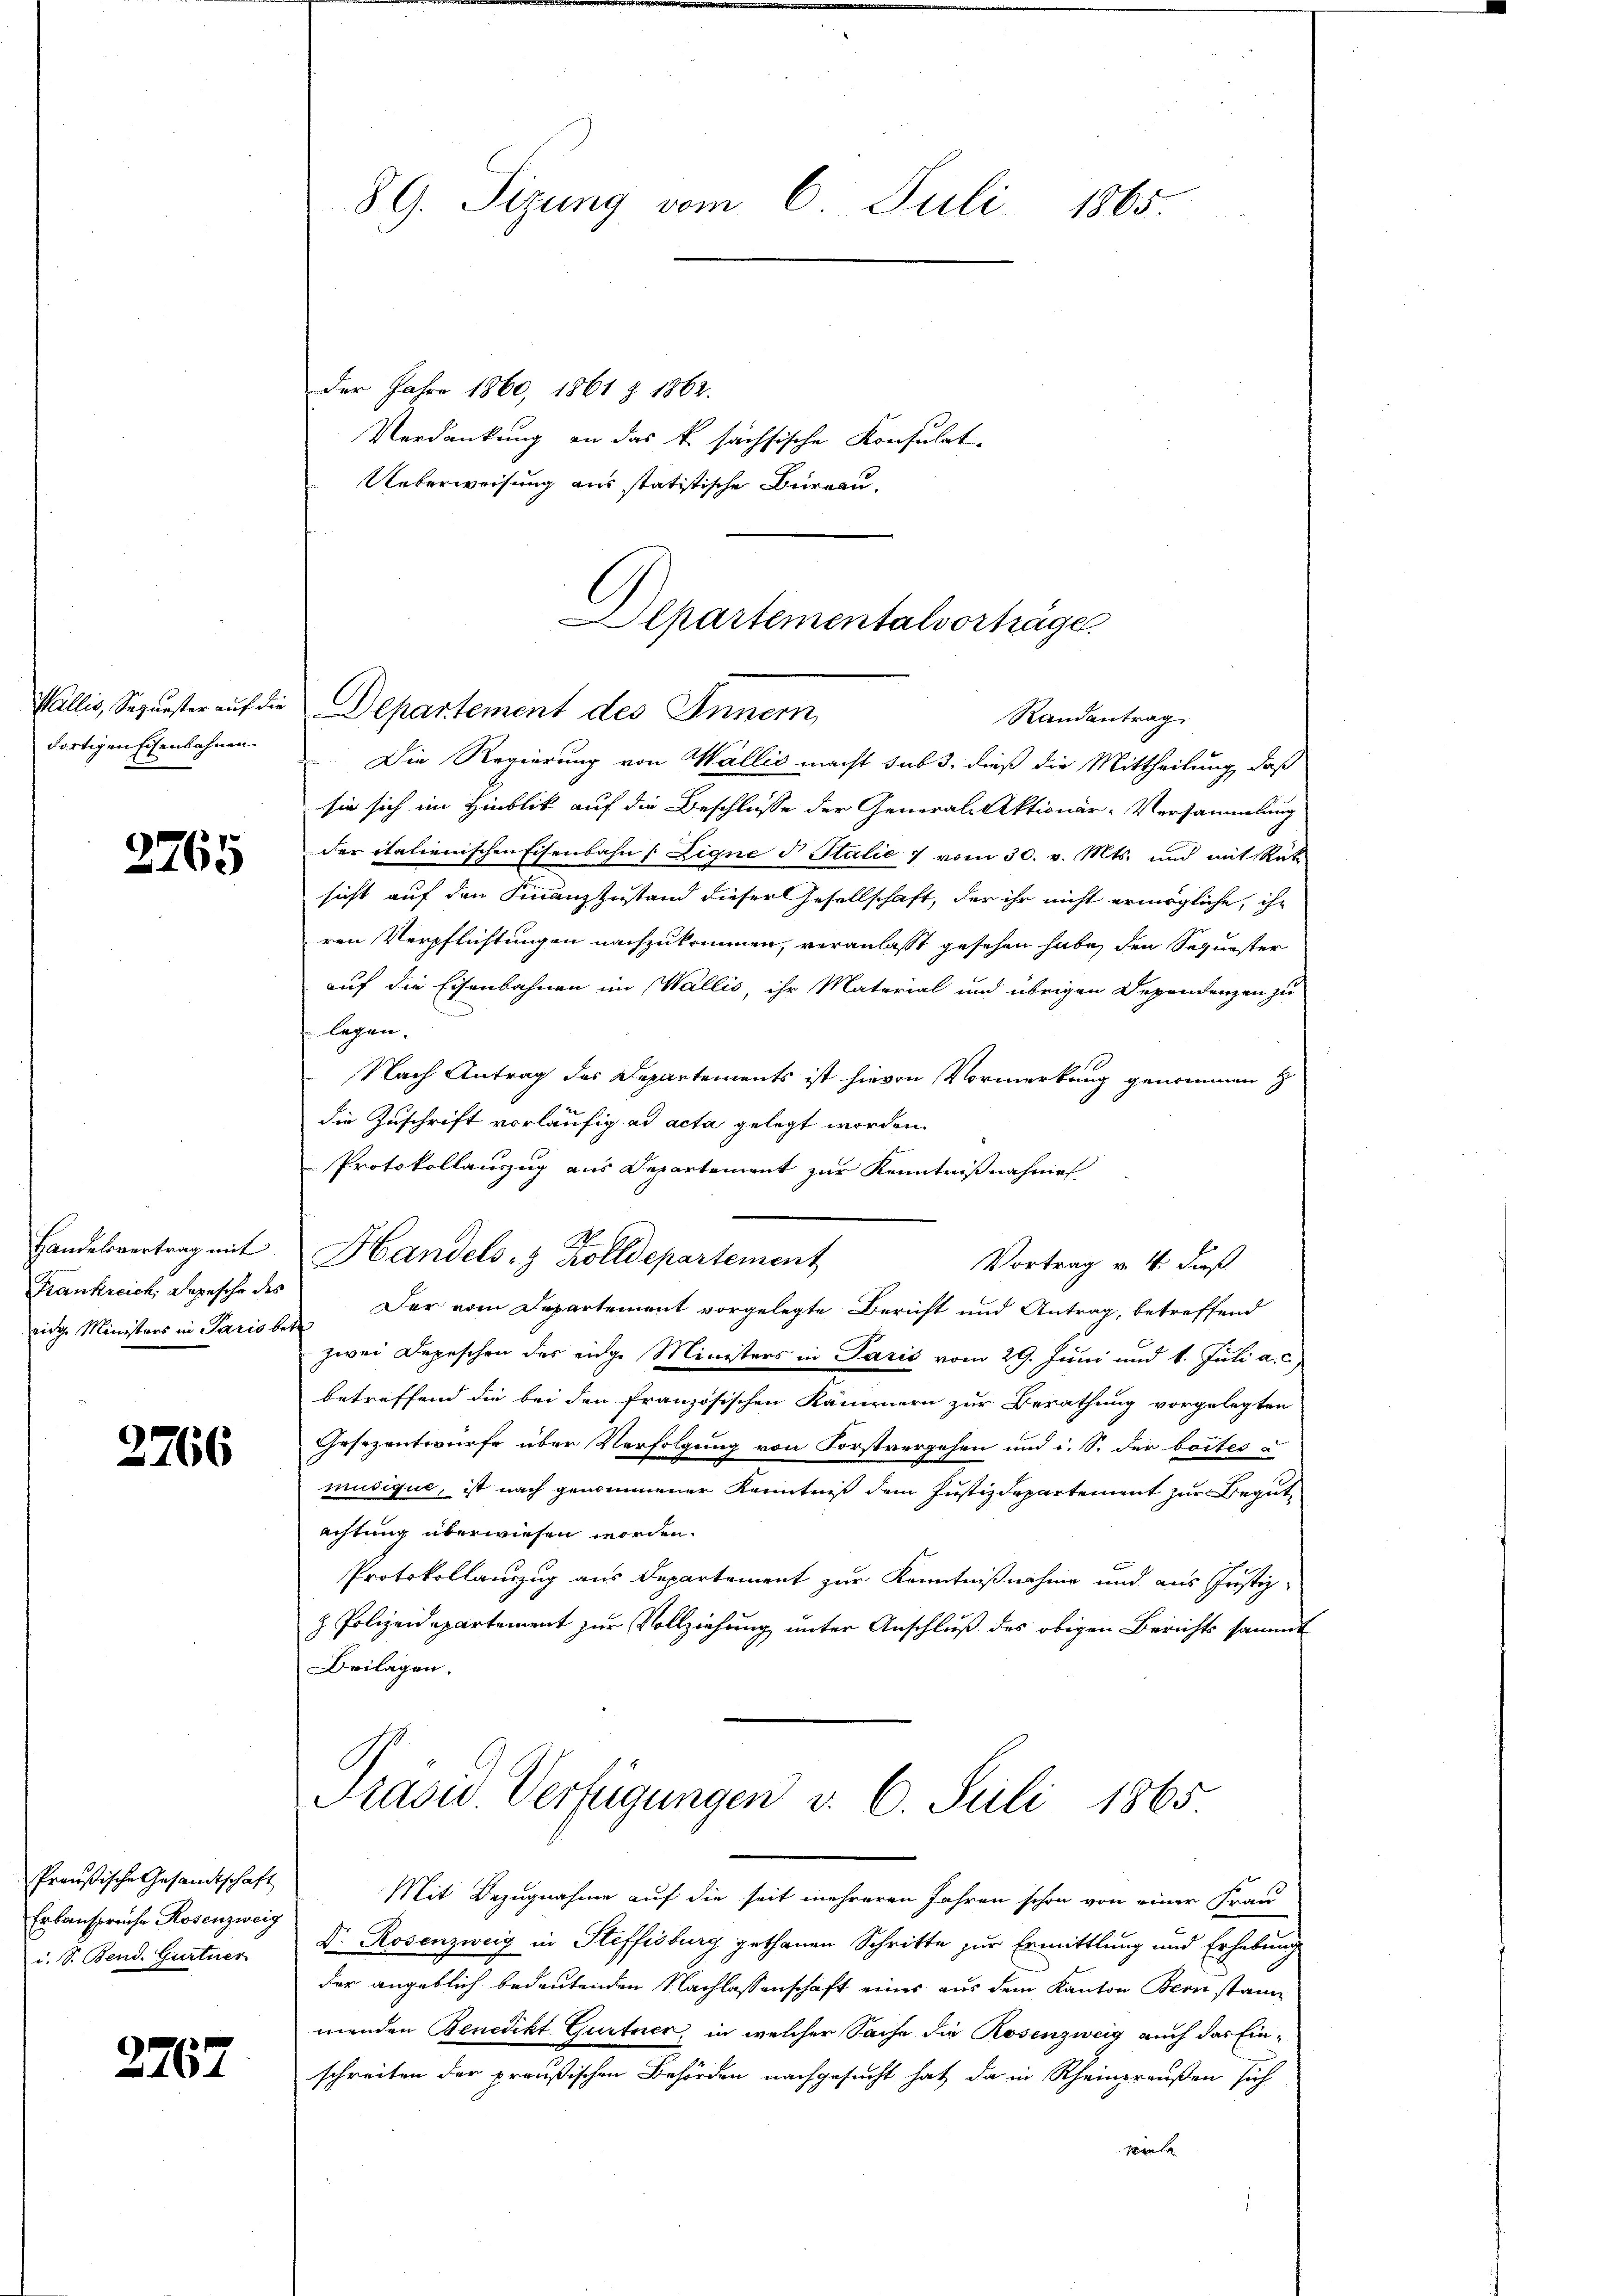
Wallis, Sequester auf die
dortigenschenbahnen.

2765

Handelsvertrag mit
Krankreich Depesche des
rige Ministers in Paris bei

2766

Preußische Gesandtschaft
Erbanspruche Rosenzweig
i. S. Bend. Gurtner

2767

89. Sizung vom 6. Juli 1865.

Der Jahre 1860, 1861 § 1862.
Verdankung an das k. sächsische Konsulat
Unterweisung aus statistische Büreau.
Die Regierung von Wallis macht sub 3, dieß die Mittheilung, daß
sie sich im Hinblik auf die Beschlusse der General- Aktionär-Versammlung
der italienischen Eisenbahn (Eigne d Italie 7 vom 30. v. Mts. und mit Rat
sicht auf den Finanzzustand dieser Gesellschaft, der ihr nicht ermögliche, ihr
ren Verpflichtungen nachzukommen, veranlaßt gesehen habe, den Sequester
auf die Eisenbahnen im Wallis, ihr Material und übrigen Dependenzen zu
legen. |
Nach Antrag des Departements ist hievon Vormerkung genommen
die Zuschrift vorläufig ad acta gelegt worden.
Protokollauszug aus Departement zur Kenntnißnahme
Handels- & Zolldepartement
Vortrag v. 4. dieß
Der vom Departement vorgelegte Bericht und Antrag, betreffend
f
zwei Depeschen des eidge Ministers in Paris vom 29. Juni und 1. Juli a. c.
betreffend die bei den französischen Kammern zur Berathung vorgelegten
Gesezentwurfe über Verfolgung von Forstvergehen und i. S. der bottes
musique, ist nach genommener Kenntniß dem Justizdepartement zur Begutachtung überwiesen worden.
Protokollauszug aus Departement zur Kenntnißnahme und aus Justiz-
z. Polizeidepartement zur Vollziehung unter Anschluß des obigen Berichts sammt
Beilagen.

epartementalvortrage
Departement des Innern
Randantrag

Präsid. Verfügungen v. 6. Juli 1865

Mit Bezugnahme auf die seit mehreren Jahren schon von einer Frau
Dr. Rosenzweig in Stiffisburg gethanen Schritte zur Ermittlung und Erhebung
der angeblich bedeutenden Nachlassenschaft eines aus dem Kanton Bern stann
menden Benedikt Gurtner in welcher Sache die Rosenzweig auch das Einschreiben der preußischen Behörden nachgesucht hat, da in Rheinpreußen sich
Mante